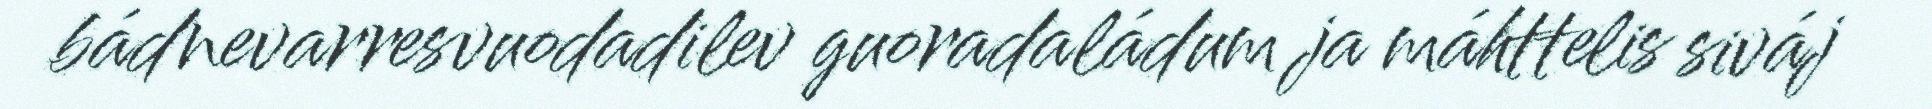
bádnevarresvuodadilev guoradaládum ja máhttelis siváj